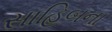
સાહિબના